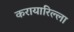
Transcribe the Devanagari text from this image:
करायारिल्ला